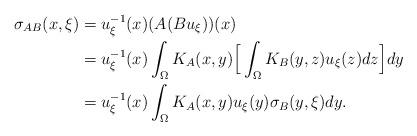
LaTeX: \begin{align*}\sigma_{AB}(x,\xi)&=u_{\xi}^{-1}(x)(A(Bu_{\xi}))(x) \\&=u_{\xi}^{-1}(x)\int_{\Omega}K_{A}(x,y)\Big[\int_{\Omega} K_{B}(y,z)u_{\xi}(z)dz\Big]dy\\&=u_{\xi}^{-1}(x)\int_{\Omega}K_{A}(x,y)u_{\xi}(y)\sigma_{B}(y,\xi)dy.\end{align*}